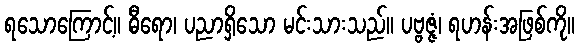
ရသောကြောင့်။ ဓီရော၊ ပညာရှိသော မင်းသားသည်။ ပဗ္ဗဇ္ဇံ၊ ရဟန်းအဖြစ်ကို။